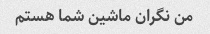
من نگران ماشین شما هستم